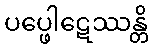
ပပ္ဖေါဋေဿန္တိ